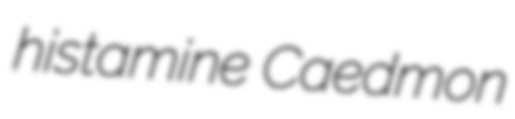
histamine Caedmon